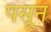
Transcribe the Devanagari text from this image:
पसून